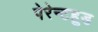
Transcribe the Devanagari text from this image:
पेरेन्टहुड